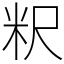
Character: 粎